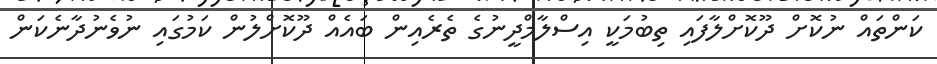
ކަންތައް ނުކޮށް ދޫކޮށްލާފައި ތިބުމަކީ އިސްލާމްދީނުގެ ތެރެއިން ބައެއް ދޫކޮށްލުން ކަމުގައި ނުވެނުދާނެކަން